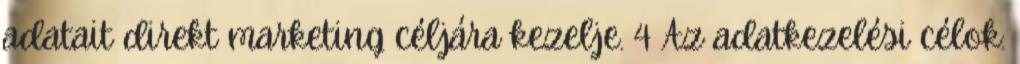
adatait direkt marketing céljára kezelje. 4 Az adatkezelési célok: